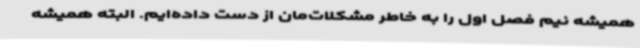
همیشه نیم فصل اول را به خاطر مشکلات‌مان از دست داده‌ایم. البته همیشه